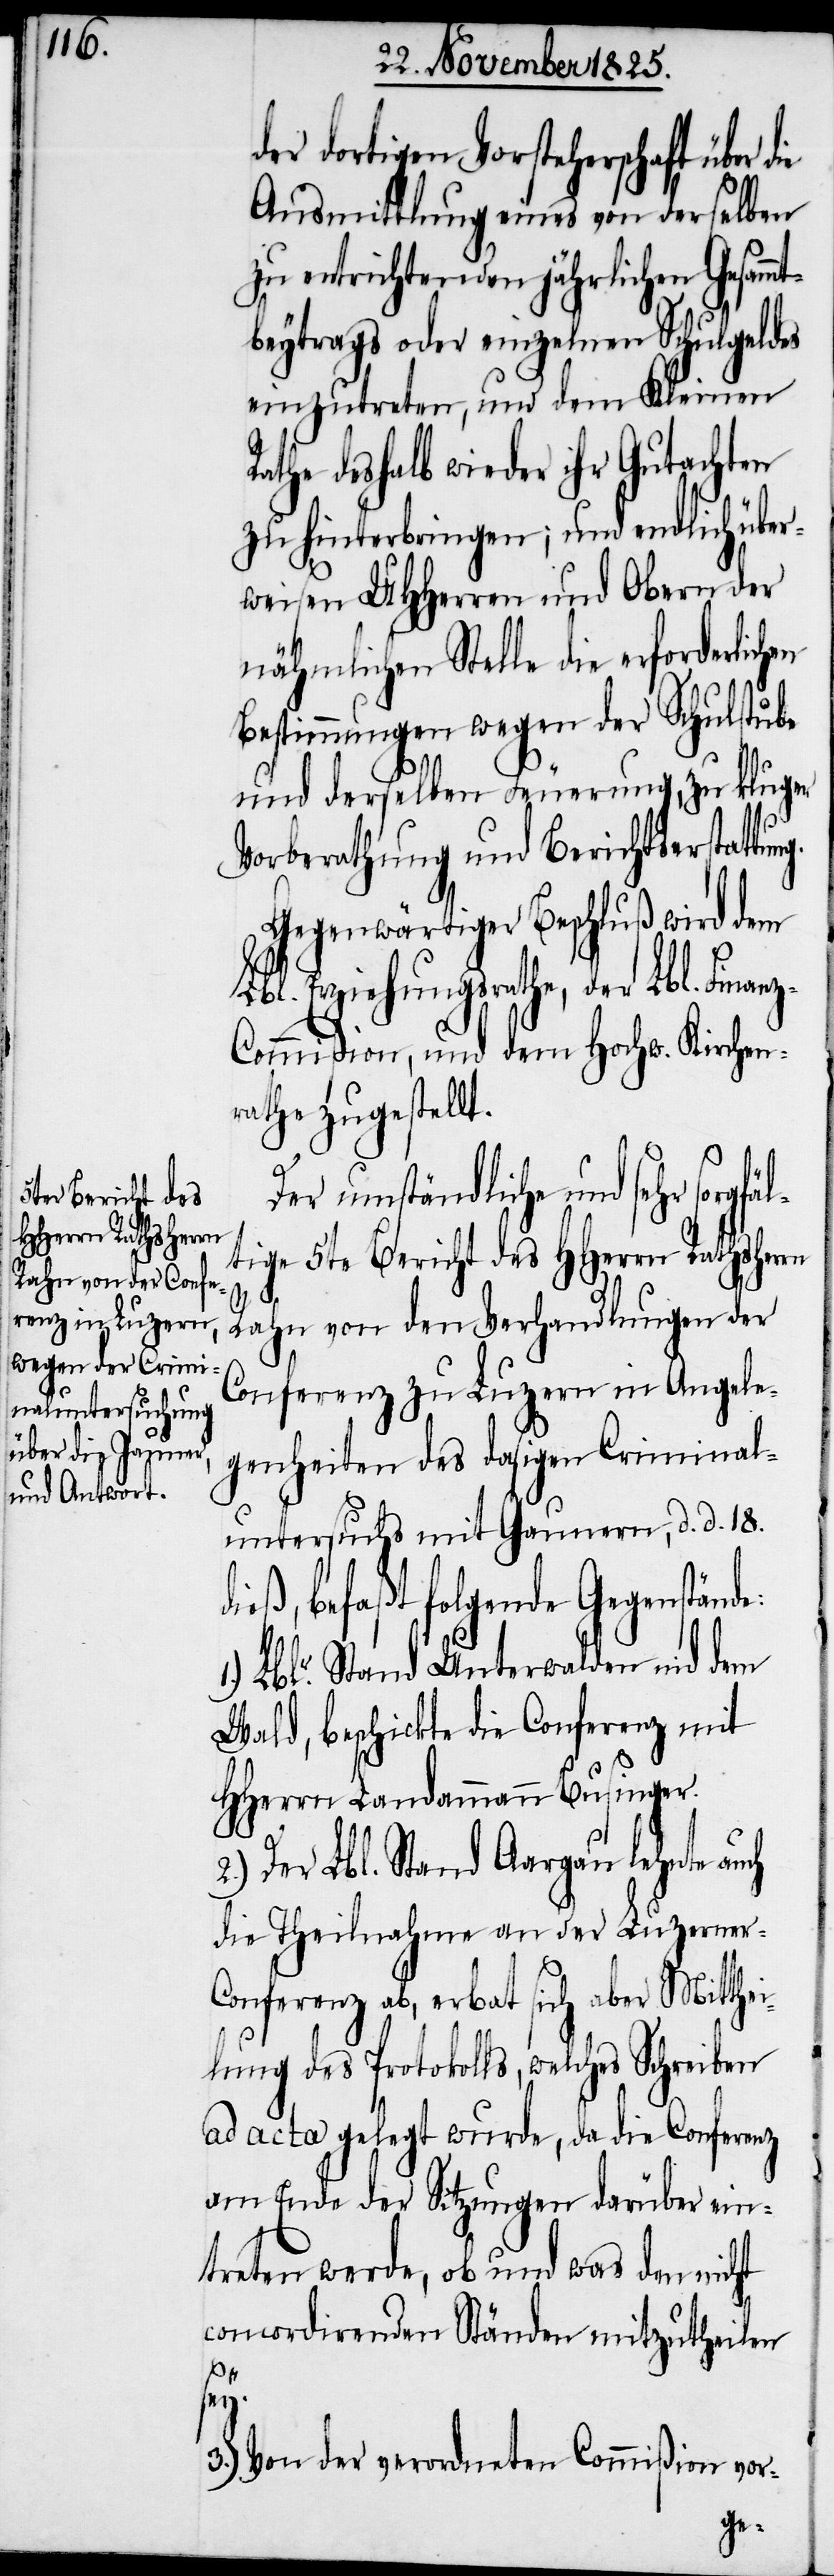
der dortigen Vorsteherschaft über d¬
Ausmittlung eines von derselben
zu entrichtenden jährlichen Gesamm¬
tbeytrags oder einzelnen Schulgeldes
einzutreten, und dem Kleinen
Rathe deshalb wieder ihr Gutachten
zu hinterbringen; und endlich über¬
weisen UHHerren und Obern der
nähmlichen Stelle die erforderlich¬
Bestimmungen wegen der Schulstube
und derselben Feuerung, zu kluger
Vorberathung und Berichtserstatt¬
Gegenwärtiger Beschluß wird dem
Erziehungsrathe, der Lbl. Finan¬
z-Commißion, und dem Hochw. Kirchen¬
rathe zugestellt.
Der umständliche und sehr sorg¬
tige 5te Bericht des HHerrn Rathsherrn
Rahn von den Verhandlungen der
Conferenz zu Luzern in Angele¬
genheiten des dasigen Criminal¬
untersuchs mit Gaunern, d. d. 18.
dieß, befaßt folgende Gegenstände:
Lblr. Stand Unterwalden nid dem
Wald, beschickte die Conferenz mit
HHerrn Landammann Businger.
2.) Der Lbl. Stand Aargau lehnte auch
die Theilnahme an der Luzerner-C¬
onferenz ab, erbat sich aber Mitthei¬
lung des Protokolls, welches Schreiben
ad acta gelegt wurde, da die Conferenz
am Ende der Sitzungen darüber ein¬
treten werde, ob und was den nicht
concordirenden Ständen mitzutheilen
sey.
3.) Von der geordneten Commißion vor-